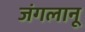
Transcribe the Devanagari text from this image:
जंगलानू